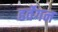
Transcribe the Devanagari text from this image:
हर्वेगन